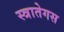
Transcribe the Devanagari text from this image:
स्त्रातेगस